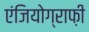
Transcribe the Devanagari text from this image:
एंजियोग्राफ़ी